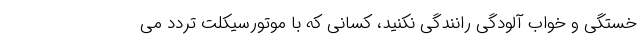
خستگی و خواب آلودگی رانندگی نکنید، کسانی که با موتورسیکلت تردد می